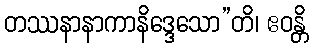
တဿနာနာကာနိဒ္ဒေသော”တိ၊ ဧဝန္တိ